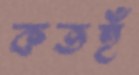
কতহুঁ